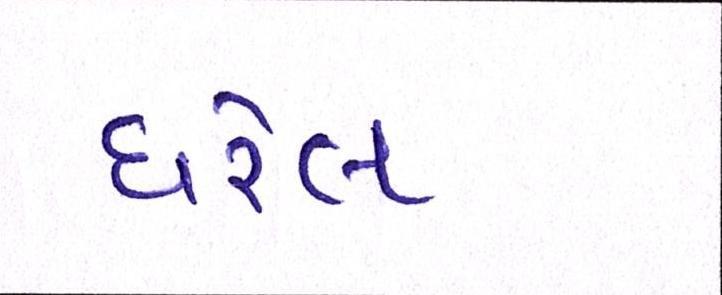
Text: ધરેલ